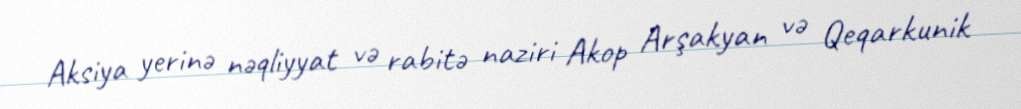
Aksiya yerinə nəqliyyat və rabitə naziri Akop Arşakyan və Qeqarkunik